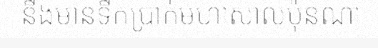
នឹងមានទឹកប្រាក់មហាសាលប៉ុនណា